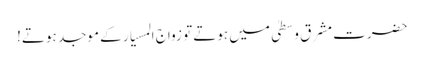
حضرت مشرق وسطیٰ میں ہوتے تو زواج المسیار کے موجد ہوتے!